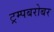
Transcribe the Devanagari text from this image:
ट्रम्पबरोबर